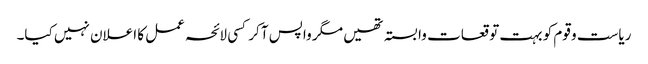
ریاست و قوم کو بہت توقعات وابستہ تھیں مگر واپس آ کر کسی لائحہ عمل کا اعلان نہیں کیا۔